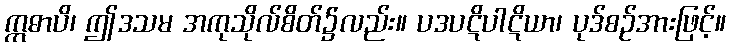
ဣဓာပိ၊ ဤဒသမ အကုသိုလ်စိတ်၌လည်း။ ပဒပဋိပါဋိယာ၊ ပုဒ်စဉ်အားဖြင့်။